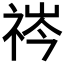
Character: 𬒻